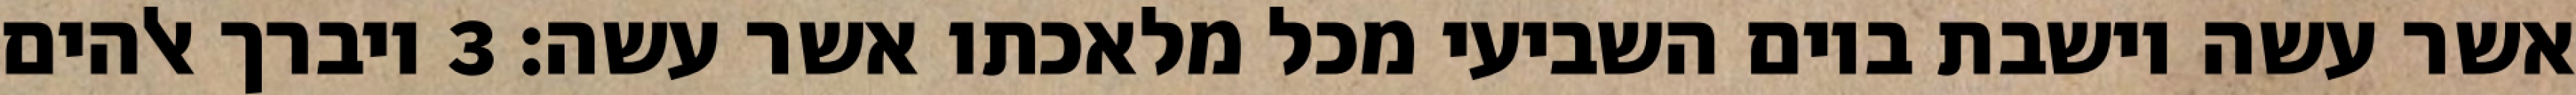
אשר עשה וישבת ביום השביעי מכל מלאכתו אשר עשה׃ ‎3‏ ויברך אלהים